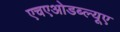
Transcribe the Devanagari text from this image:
एचएओडब्ल्यूए